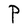
Character: P